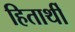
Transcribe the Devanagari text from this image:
हितार्थी